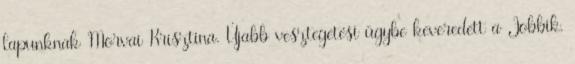
lapunknak Morvai Krisztina. Újabb vesztegetési ügybe keveredett a Jobbik,